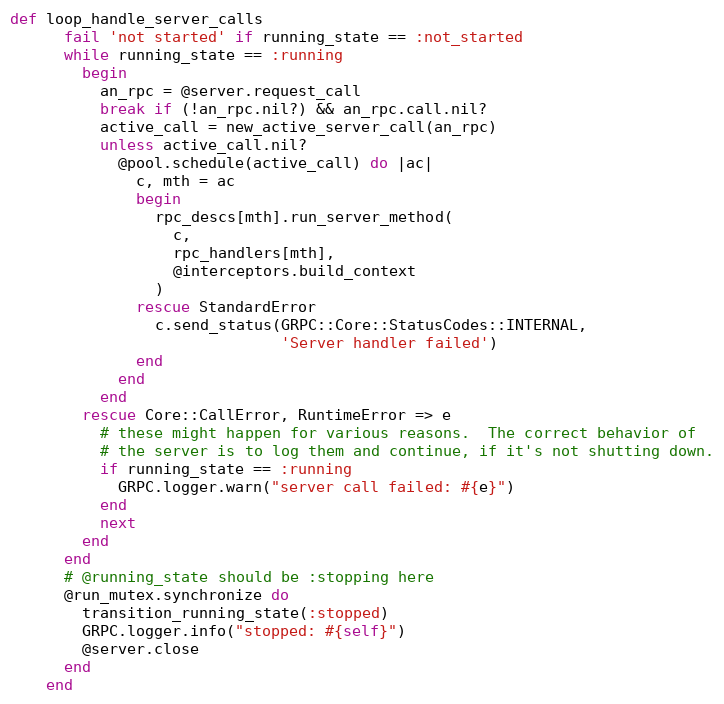
Language: Ruby
def loop_handle_server_calls
      fail 'not started' if running_state == :not_started
      while running_state == :running
        begin
          an_rpc = @server.request_call
          break if (!an_rpc.nil?) && an_rpc.call.nil?
          active_call = new_active_server_call(an_rpc)
          unless active_call.nil?
            @pool.schedule(active_call) do |ac|
              c, mth = ac
              begin
                rpc_descs[mth].run_server_method(
                  c,
                  rpc_handlers[mth],
                  @interceptors.build_context
                )
              rescue StandardError
                c.send_status(GRPC::Core::StatusCodes::INTERNAL,
                              'Server handler failed')
              end
            end
          end
        rescue Core::CallError, RuntimeError => e
          # these might happen for various reasons.  The correct behavior of
          # the server is to log them and continue, if it's not shutting down.
          if running_state == :running
            GRPC.logger.warn("server call failed: #{e}")
          end
          next
        end
      end
      # @running_state should be :stopping here
      @run_mutex.synchronize do
        transition_running_state(:stopped)
        GRPC.logger.info("stopped: #{self}")
        @server.close
      end
    end